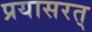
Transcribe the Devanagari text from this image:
प्रयासरत्